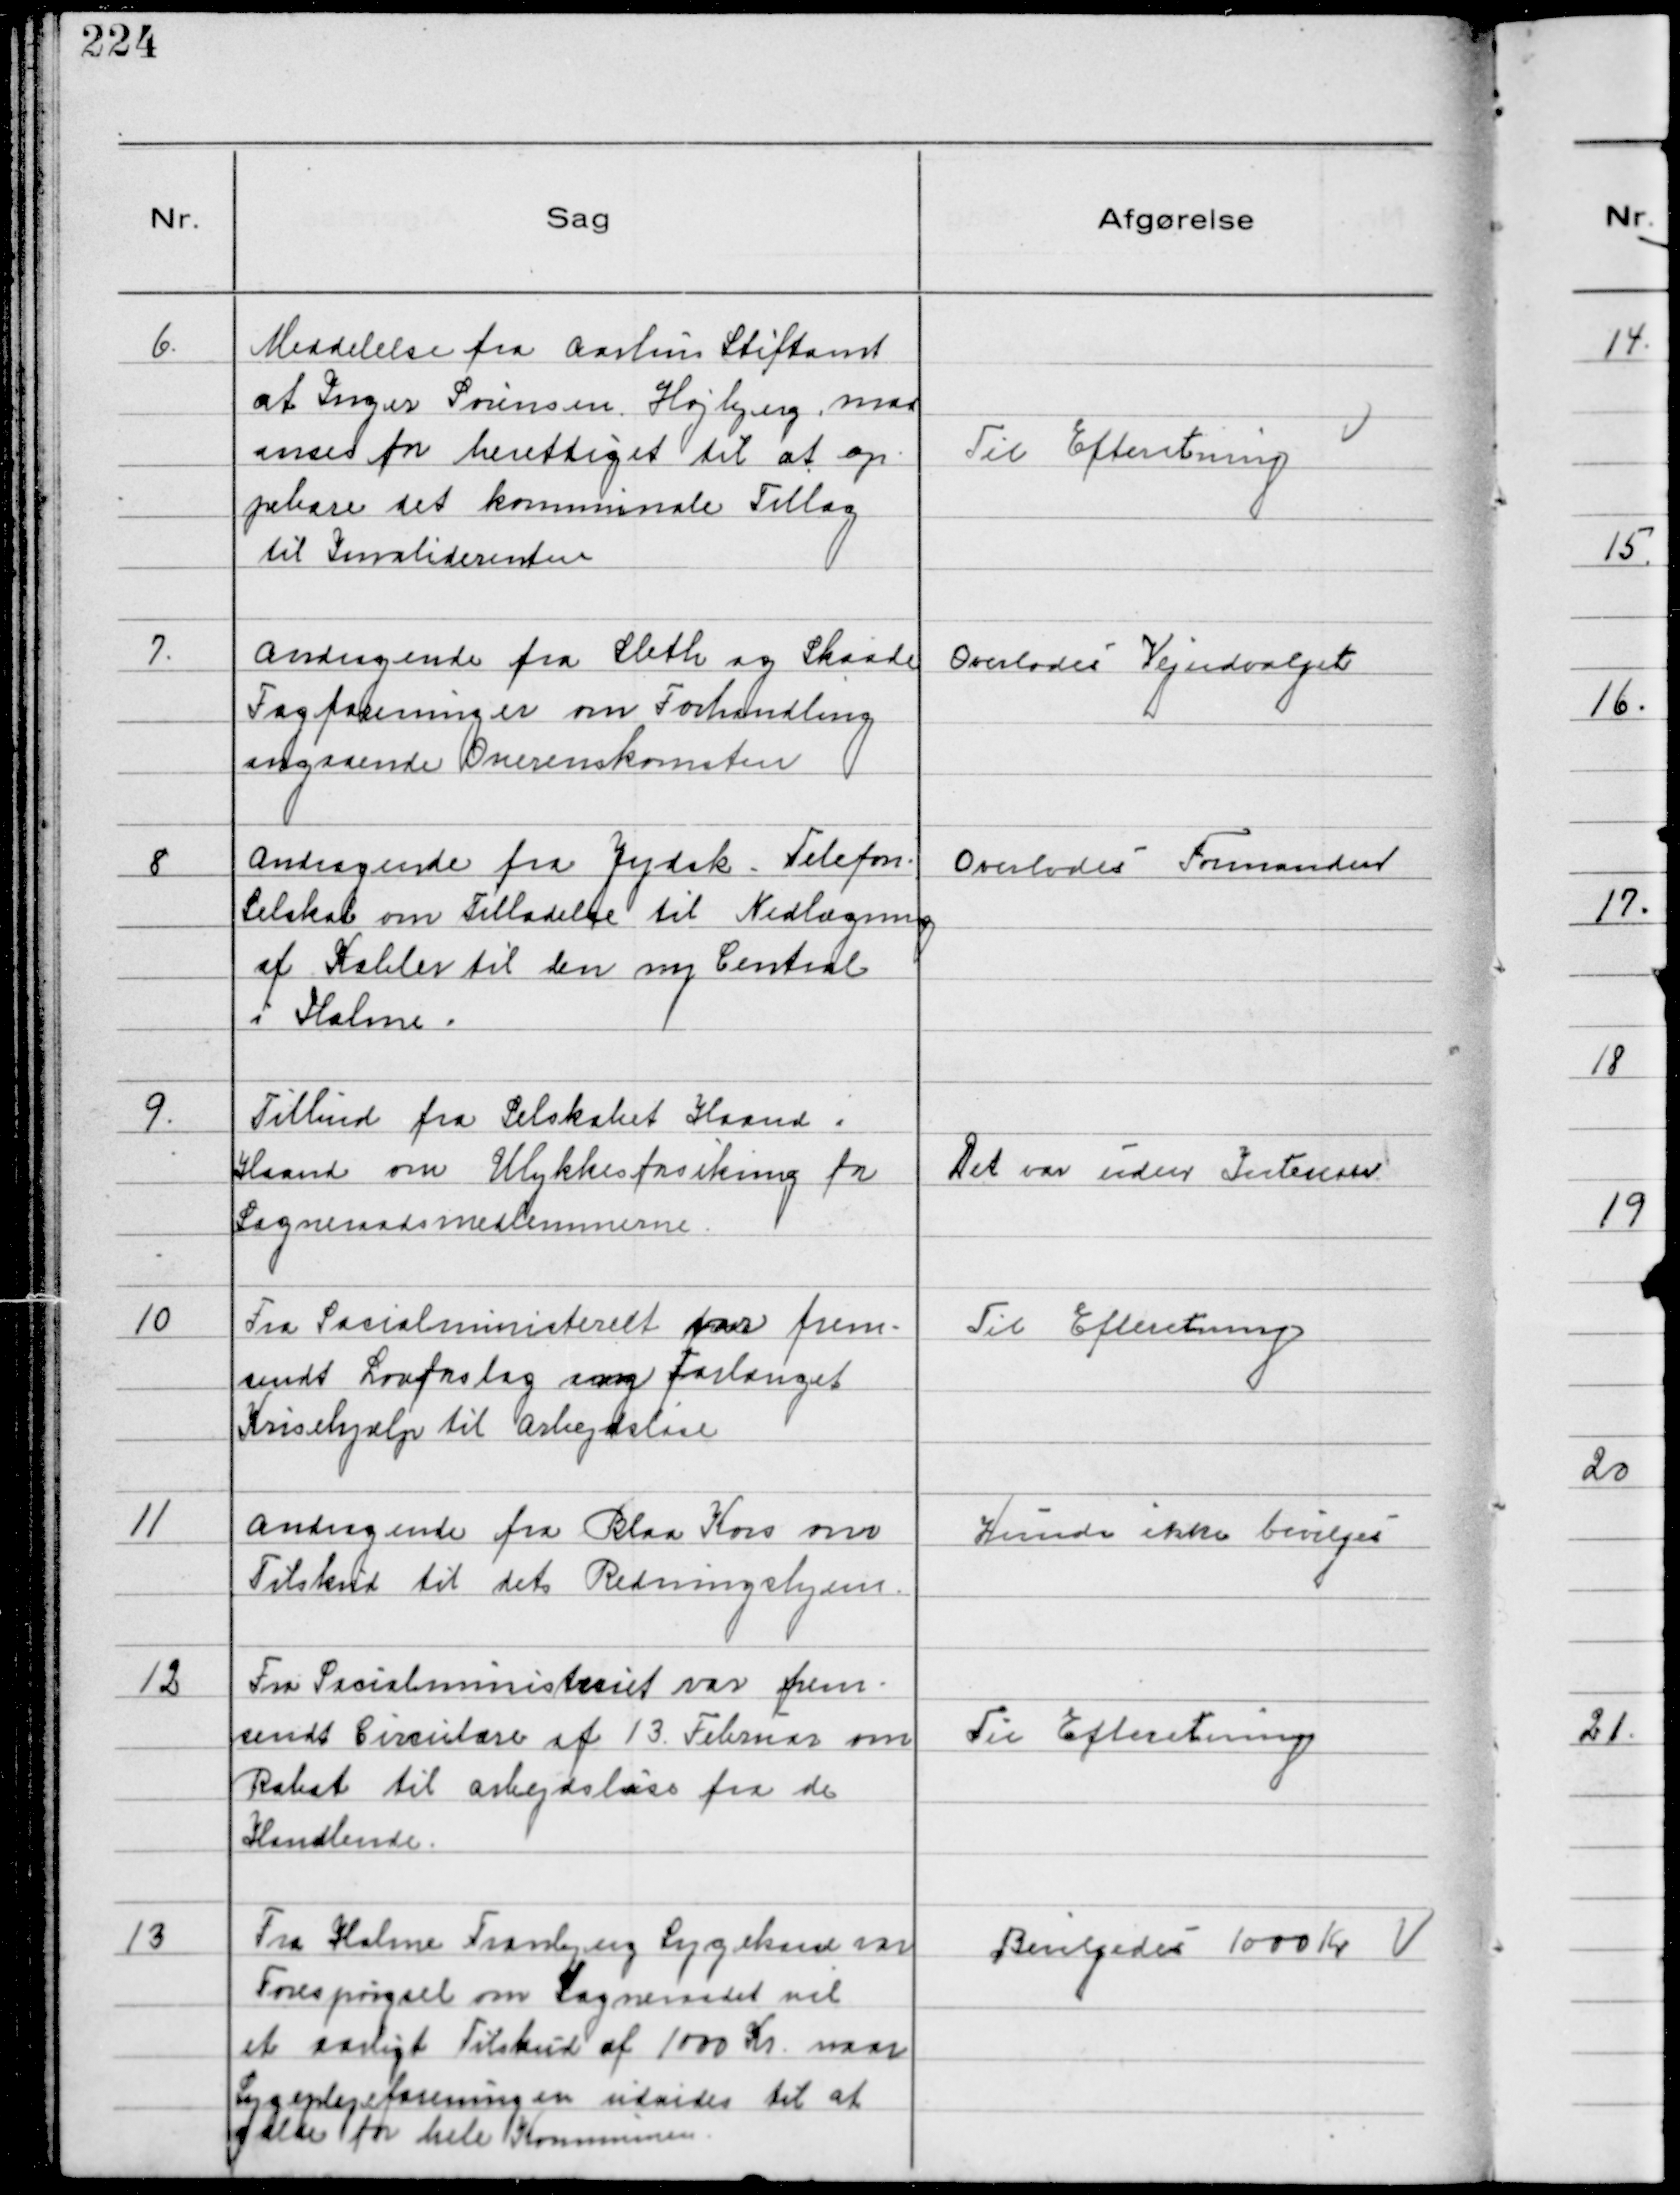
Transskription:
6.
Meddelelse fra Aarhus Stiftamt
at Inger Sørensen, Højbjerg, maa
anses for berettiget til at op-
pebære det kommunale Tillæg
til Invaliderenten

Til Efteretning

7.
Andragende fra Sleth og Skaade
Fagforeninger om Forhandling
angaaende Overenskomsten

Overlodes Vejudvalget

8
Andragende fra Jydsk Telefon
Selskab om Tilladelse til Nedlægning
af Kabler til den ny Central
i Holme.

Overlodes Formanden

9.
Tilbud fra Selskabet Haand i
Haand om Ulykkesforsikring for
Sogneraadsmedlemmerne.

Det var uden Interesse

10
Fra Socialministeriet var frem-
sendt Lovforslag ang Forlænget
Krisehjælp til Arbejdsløse

Til Efteretning

11
Andragende fra Blaa Kors om
Tilskud til dets Redningshjem.

Kunde ikke bevilges

12
Fra Socialministeriet var frem-
sendt Cirkulære af 13. Februar om
Rabat til arbejdsløse fra de
Handlende.

Til Efteretning

13
Fra Holme Tranbjerg Sygekasse var
Forespørgsel om Sogneraadet vil
et aarligt Tilskud af 1000 Kr. naar
Sygeplejeforeningen udvides til at
gælde for hele Kommunen.

Bevilgedes 1000 Kr